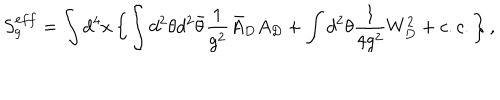
LaTeX: S _ { g } ^ { e f f } = \int d ^ { 4 } x \left\{ \int d ^ { 2 } \theta d ^ { 2 } \bar { \theta } \frac 1 { g ^ { 2 } } \bar { A } _ { D } A _ { D } + \int d ^ { 2 } \theta \frac 1 { 4 g ^ { 2 } } W _ { D } ^ { 2 } + c . c . \right\} ,